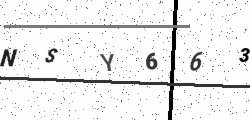
Text: NSY663